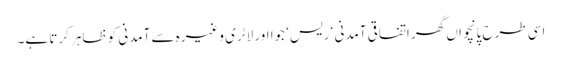
اسی طرح پانچواں گھر اتفاقی آمدنی ‘ ریس‘ جوا اور لاٹری وغیرہ سے آمدنی کو ظاہر کرتا ہے۔